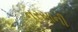
નરસાની